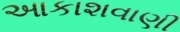
આકાશવાણી